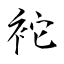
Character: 袉